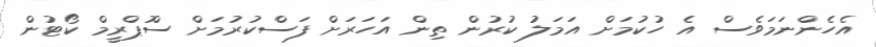
އެހެންނަމަވެސް އެ ހުކުމަށް އަމަލު ކުރުން ތިން އަހަރަށް ފަސްކުރުމަށް ސްުޕްރީމް ކޯޓުން